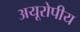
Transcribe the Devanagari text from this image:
अयूरोपीय